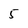
Character: 5